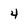
Character: 4